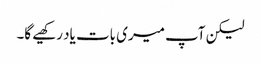
لیکن آپ میری بات یاد رکھیے گا۔